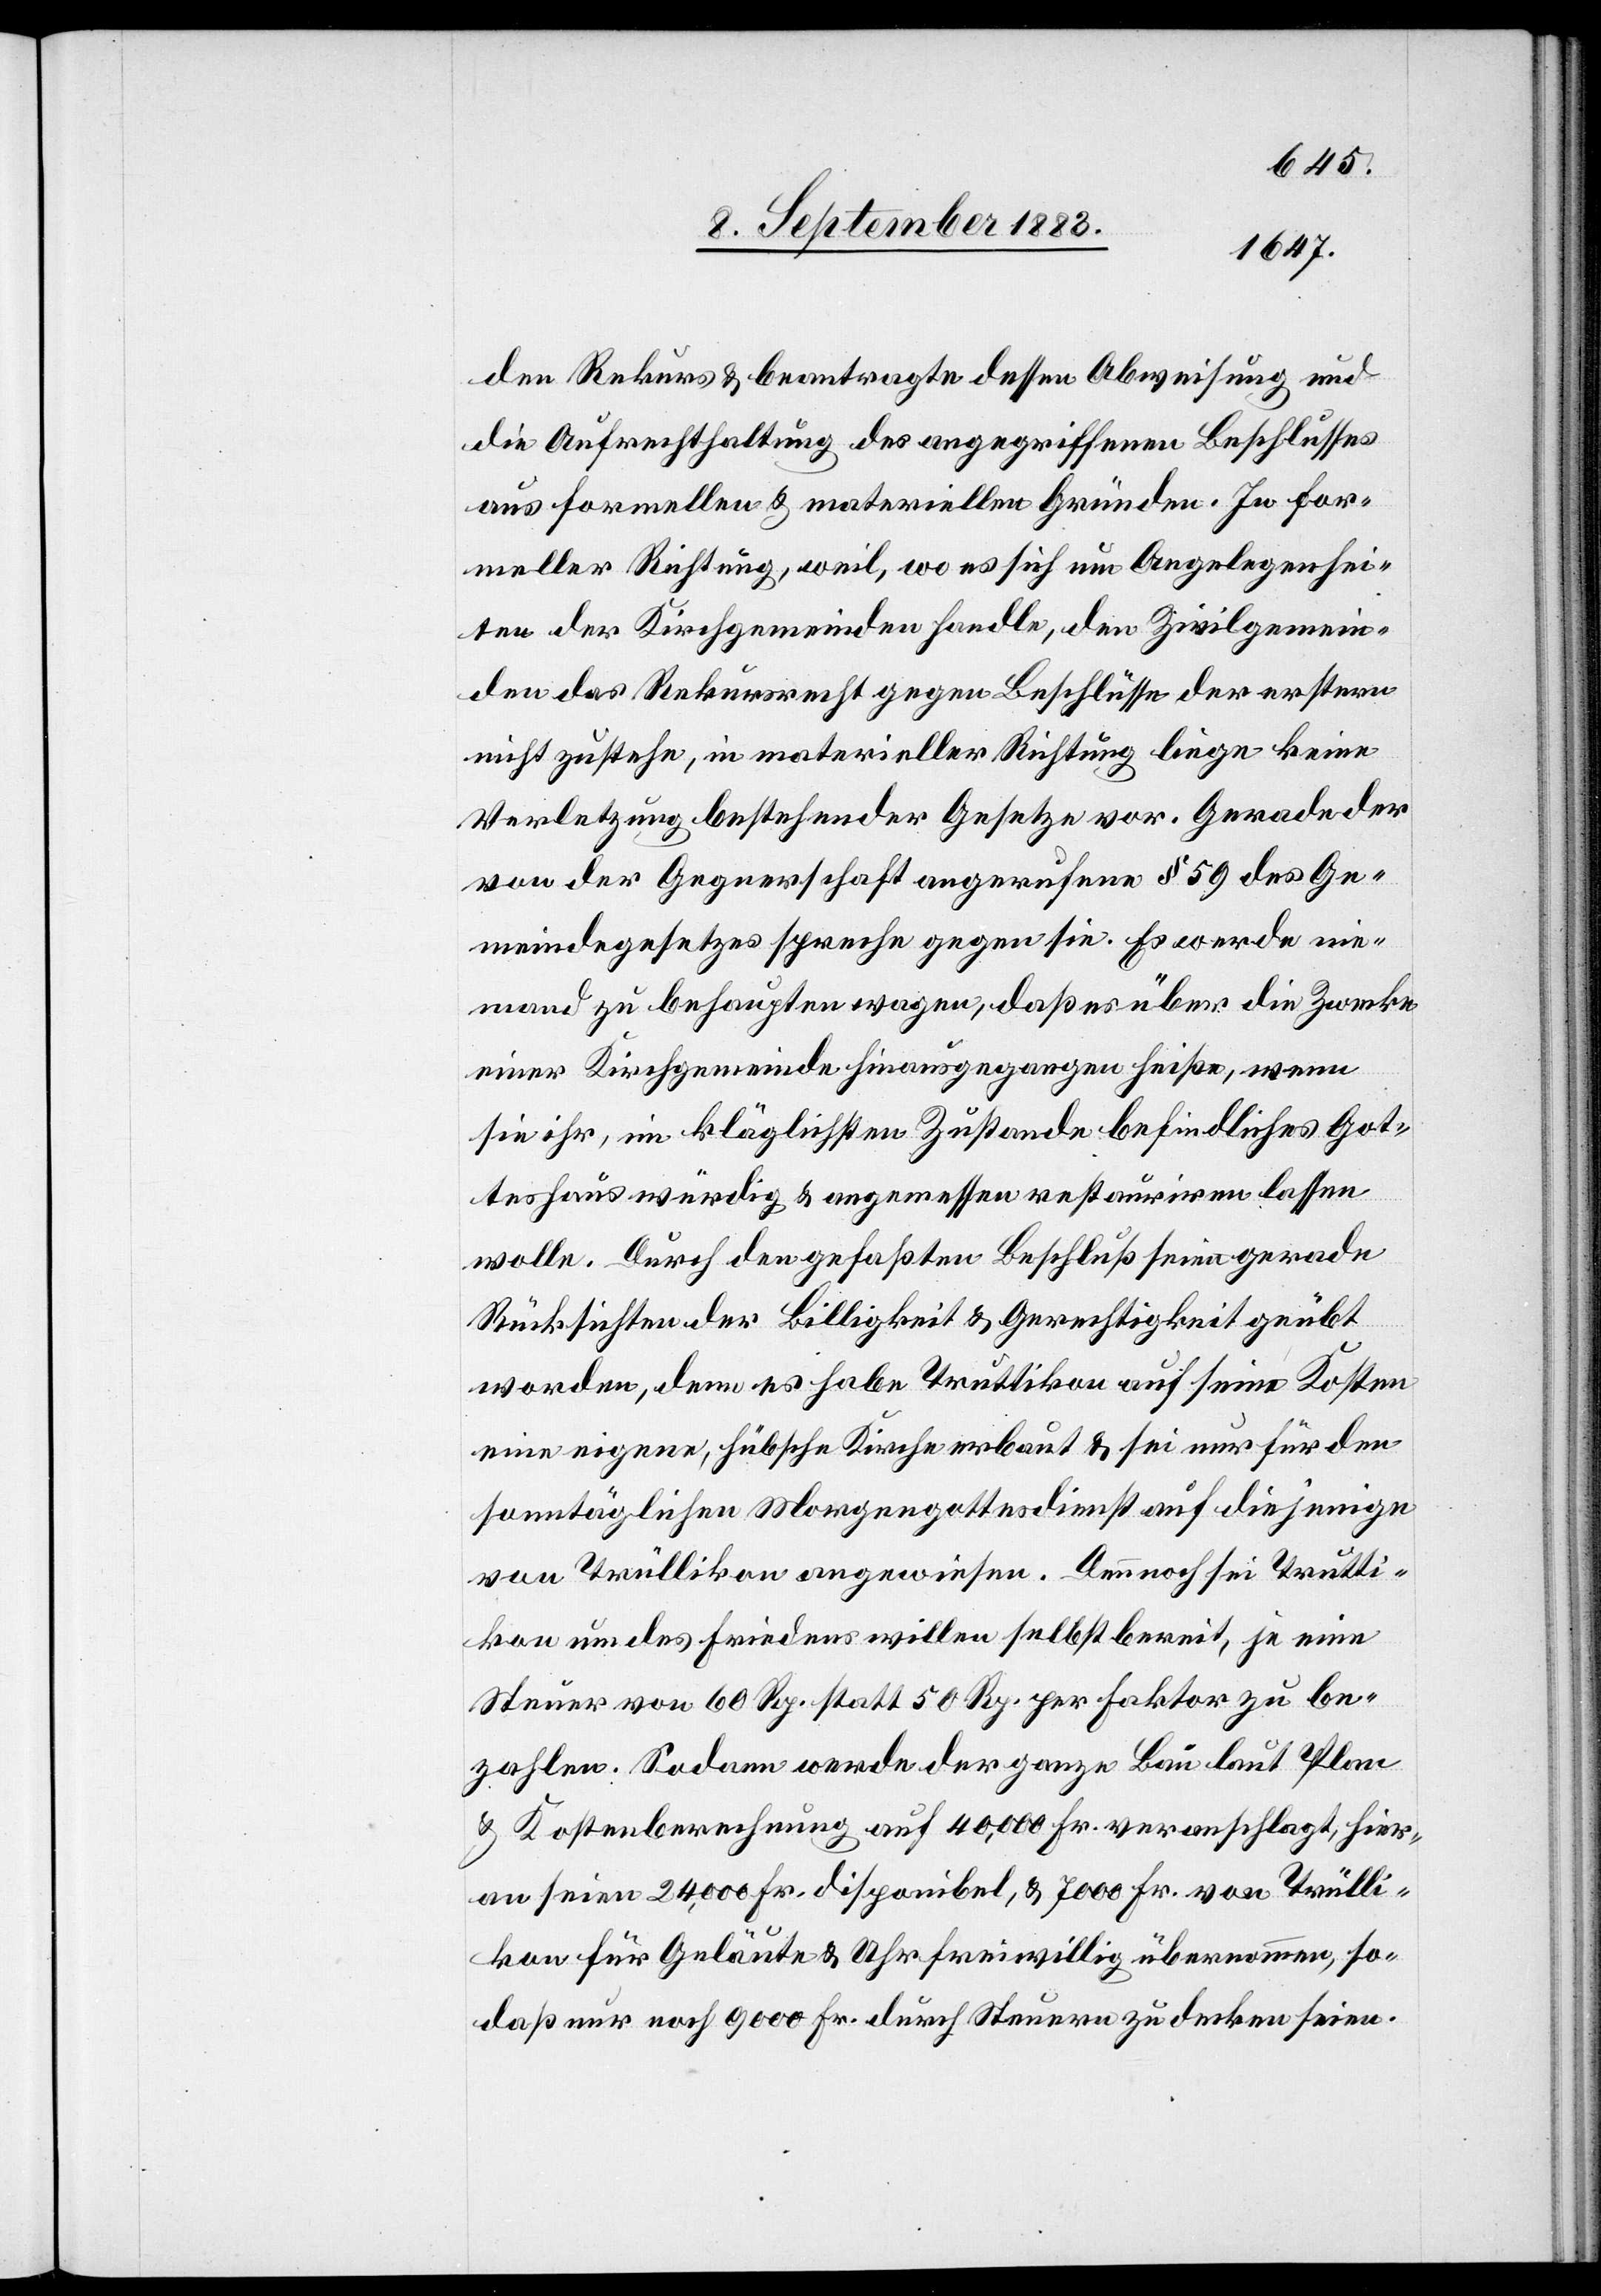
den Rekurs & beantragte dessen Abweisung und
die Aufrechterhaltung des angegriffenen Beschlusses
aus formellen & materiellen Gründen. In for¬
meller Richtung, weil, wo es sich um Angelegenhei¬
ten der Kirchgemeinden handle, den Zivilgemein¬
den das Rekursrecht gegen Beschlüsse der erstern
nicht zustehe, in materieller Richtung liege keine
Verletzung bestehender Gesetze vor. Gerade der
von der Gegnerschaft angerufene § 59 des Ge¬
meindegesetzes spreche gegen sie. Es werde nie¬
mand zu behaupten wagen, daß es über die Zwecke
einer Kirchgemeinde hinausgegangen heiße, wenn
sie ihr, im kläglichsten Zustande befindliches Got¬
teshaus würdig & angemessen restauriren lassen
wolle. Durch den gefaßten Beschluß seien gerade
Rücksichten der Billigkeit & Gerechtigkeit geübt
worden, denn es habe Truttikon auf seine Kosten
eine eigene, hübsche Kirche erbaut & sei nur für den
sonntäglichen Morgengottesdienst auf diejenige
von Trüllikon angewiesen. Dennoch sei Trutti¬
kon um des Friedens willen selbst bereit, je eine
Steuer von 60 Rp. statt 50 Rp. per Faktor zu be¬
zahlen. Sodann werde der ganze Bau laut Plan
& Kostenberechnung auf 40,000 Fr. veranschlagt, hier¬
an seien 24,000 Fr. disponibel, & 7000 Fr. von Trülli¬
kon für Geläute & Uhr freiwillig übernommen, so¬
daß nur noch 9000 Fr. durch Steuern zu decken seien.